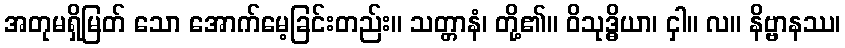
အတုမရှိမြတ် သော အောက်မေ့ခြင်းတည်း။ သတ္တာနံ၊ တို့၏။ ဝိသုဒ္ဓိယာ၊ ငှါ။ လ။ နိဗ္ဗာနဿ၊